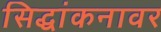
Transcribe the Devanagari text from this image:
सिद्धांकनावर